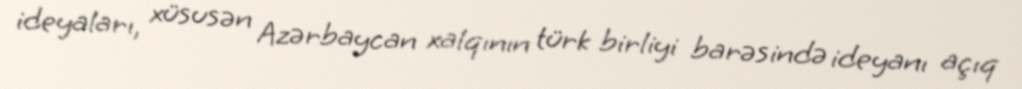
ideyaları, xüsusən Azərbaycan xalqının türk birliyi barəsində ideyanı açıq